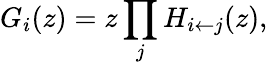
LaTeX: G_{i}(z)=z\prod_{j}H_{i\leftarrow j}(z),